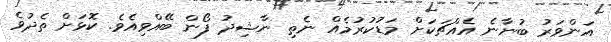
އަންވަރު ބުނާނެ އެއްޗަކަށް މަޑުކުރުމެއް ނެތި ނާޝިދު ފޯން ބޭއްވިއެވެ. ކޮޅަށް ތެދުވެ